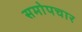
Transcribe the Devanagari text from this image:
समोपचार